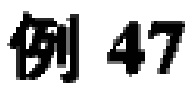
例 47